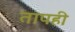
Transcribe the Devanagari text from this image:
तापही